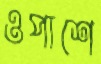
ওপাশে